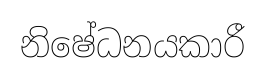
නිෂේධනයකාරී